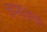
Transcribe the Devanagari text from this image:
चाखावला